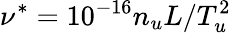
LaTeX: \nu^{*}=10^{-16}n_{u}L/T_{u}^{2}